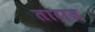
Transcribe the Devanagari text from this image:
ताराज